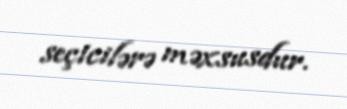
seçicilərə məxsusdur.